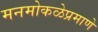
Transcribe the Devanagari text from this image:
मनमोकळेप्रमाणे